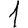
Digit: 1